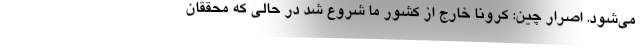
می‌شود. اصرار چین: کرونا خارج از کشور ما شروع شد در حالی که محققان